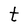
Character: t